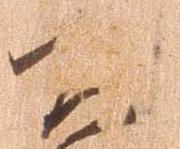
公